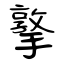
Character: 撉